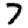
Digit: 7